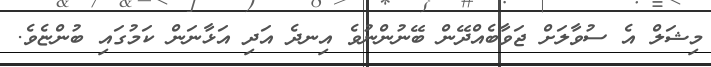
މިޝަލް އެ ސުވާލަށް ޖަވާބެއްދޭން ބޭނުންނުވެ އިނދެ އަދި އަޅާނަން ކަމުގައި ބުންޏެވެ.